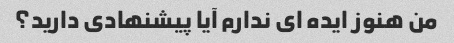
من هنوز ایده ای ندارم آیا پیشنهادی دارید؟